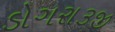
ડોગરા૩જી